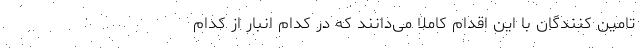
تامین کنندگان با این اقدام کاملا می‌دانند که در کدام انبار از کدام